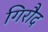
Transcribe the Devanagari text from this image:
गिरौद